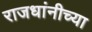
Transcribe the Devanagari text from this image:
राजधांनीच्या